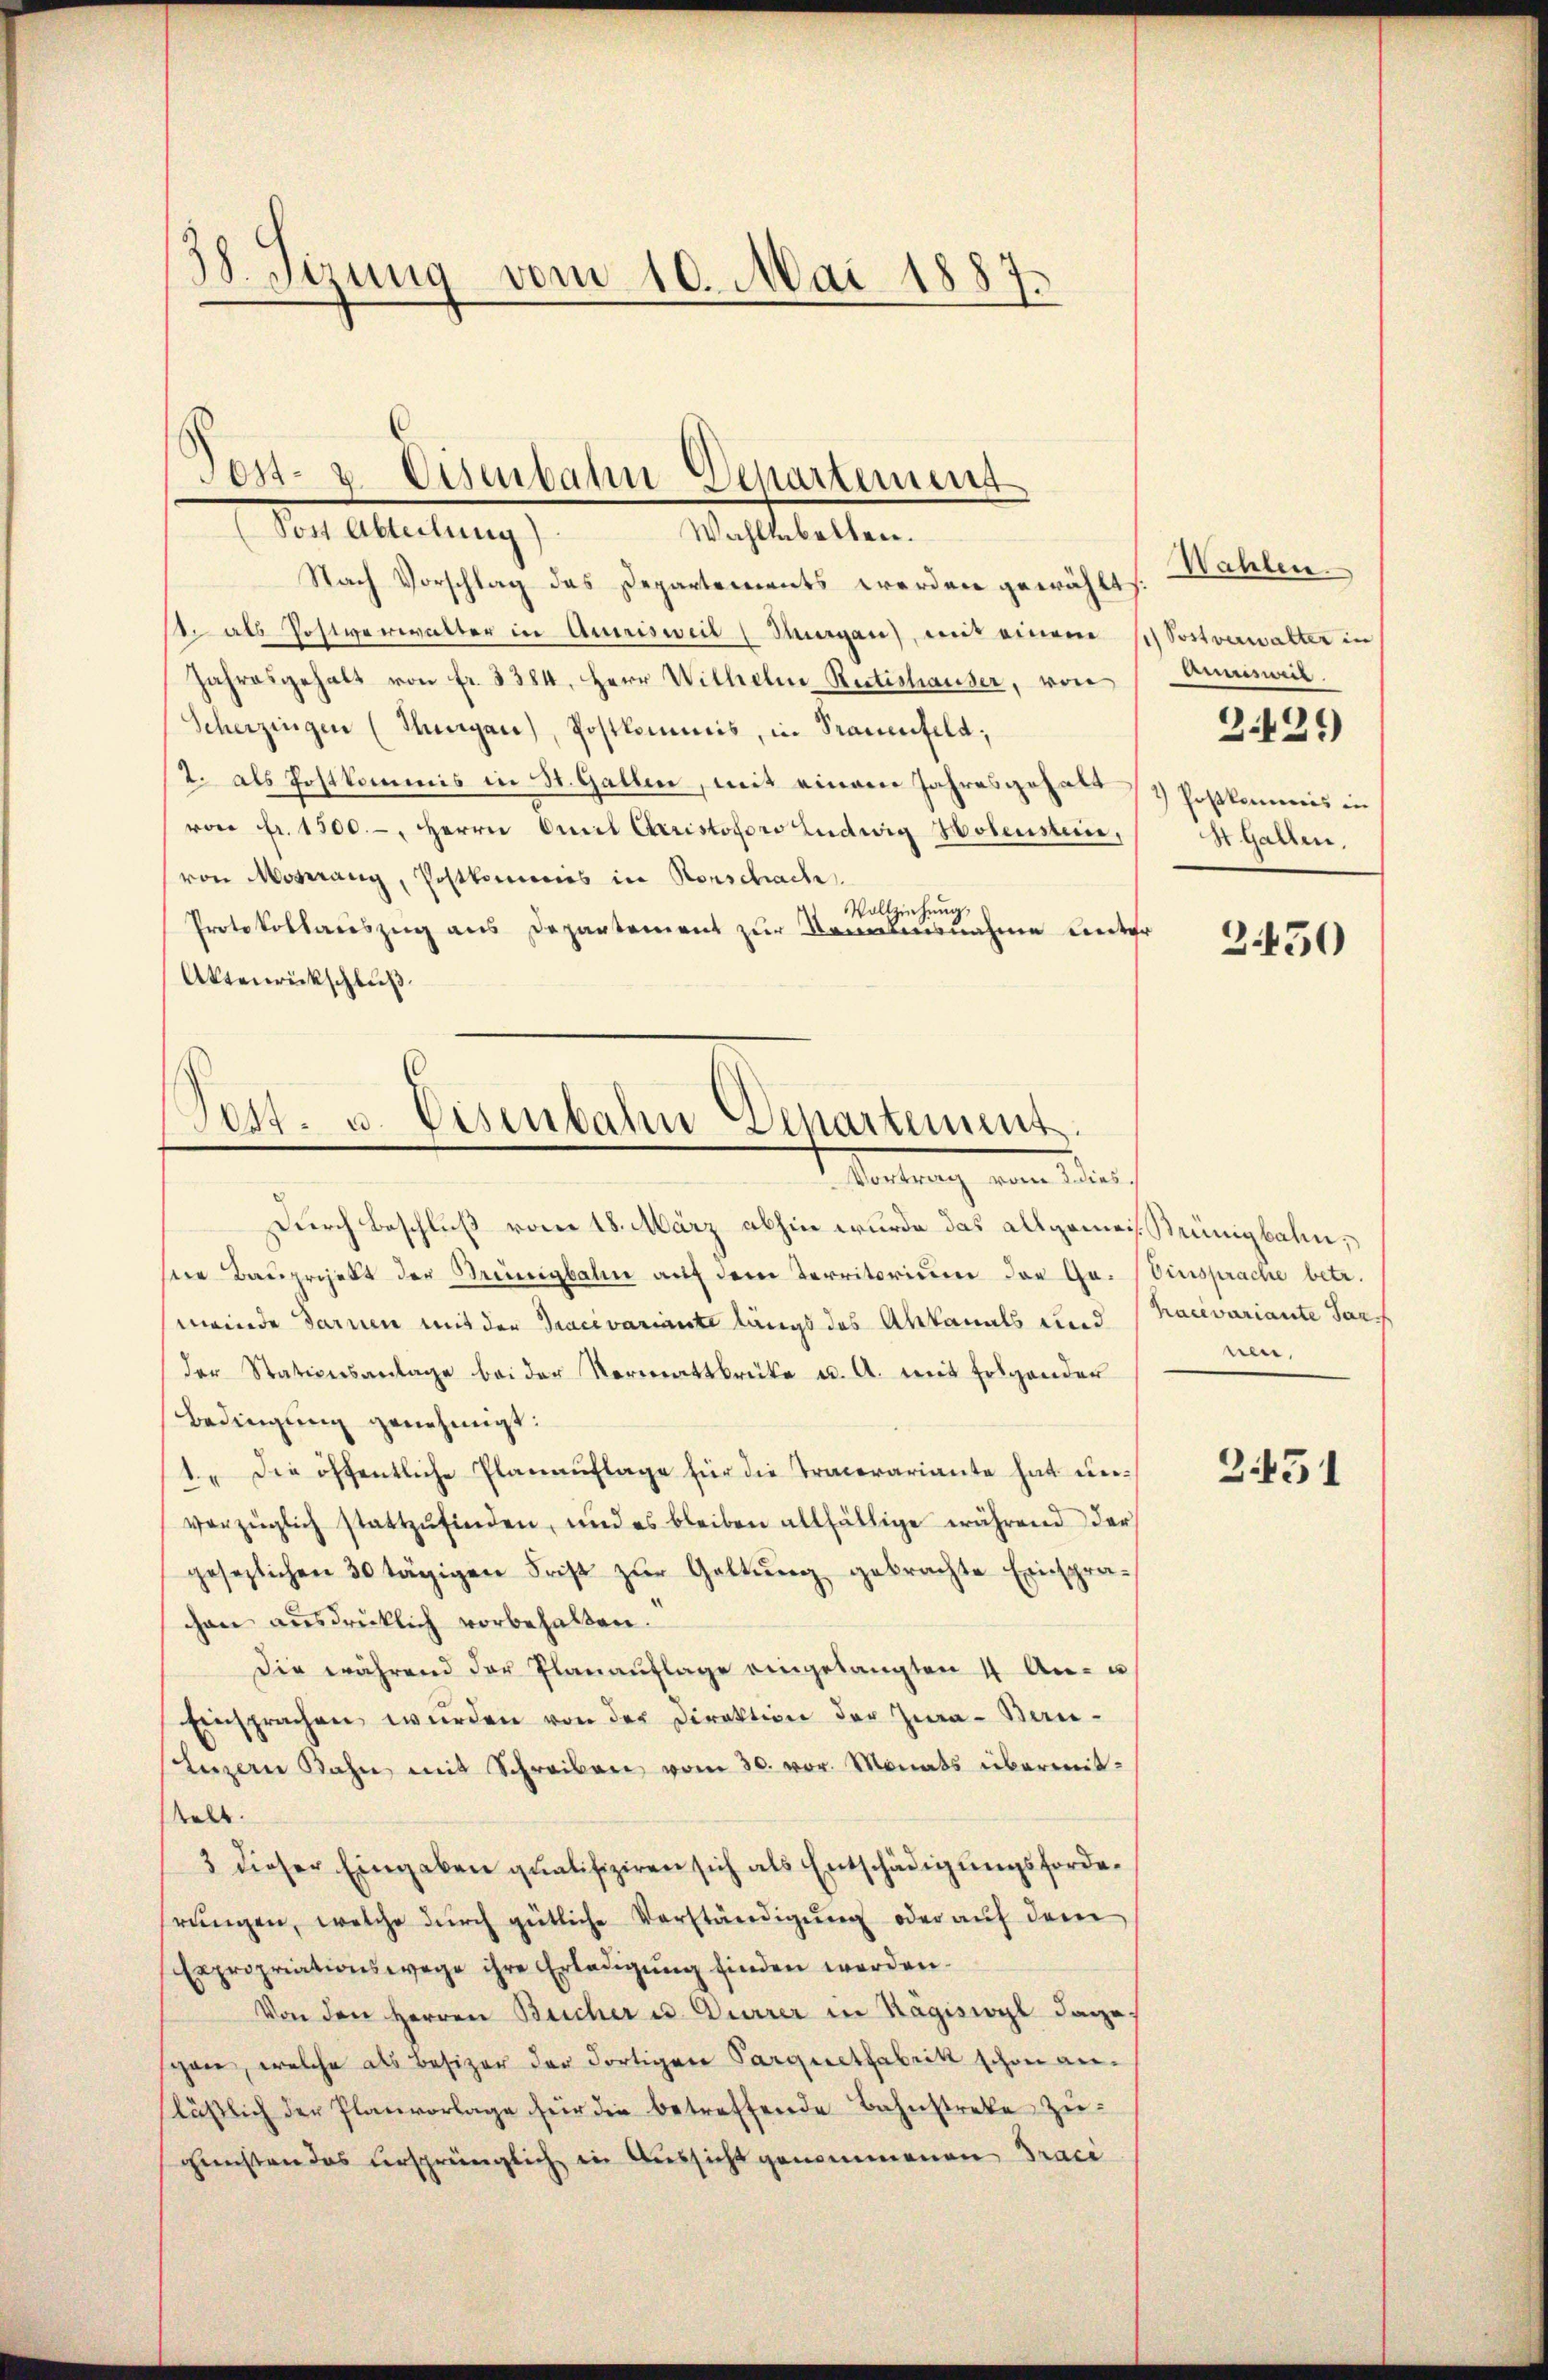
38. Sizung vom 10. Mai 1887.

Tost- u. Eisenbahn Departement
Vor Alleitung
Wahltabellen.

Nach Vorschlag das Departements werden gewählt.
st als Postverwalter in Auxisweil (Sargau), mit einem / Postverwalter in
Jahresgehalt von fr. 3384, Herr Wilhelm Rütishauser, von Aeminail.
Scherzingen (Thurgau), Postkommis, in Trauenfeld,
2. als Postkommis in St. Gallen, mit einem Jahresgehalt / Postkommis in
von fr. 1500.-, Herrn Orel Christopforo Ludwig Hobenstein,
von Mosnang, Postkommes in Konschach.
Vollziehung,
Protokollariszug aus Departement zur Sonntensnahme unter
Aktenrückschluß

Pest. u. Eisenbahn Departement.
Vortrauch von Mar

Durch Beschluß vom 18. März abhin wurde das allgemeistrünigbahn,
sere Baŭprojekt der Kreinigbahn auf dem Territorium der Gr. (Einsprache betr.
meinde Sarnen mit der Tracivariante längs des Abkanats und (Kacivariante Jar
der Stationsanlage bei der Vermattbrüke u. A. mit folgender
Bedingung genehmigt:
1. Die öffentliche Planauflage für die Tracerariante hat unverzüglich stattzŭfinden, und es bleiben allfällige während der
gesezlichen 30 tägigen Frist zŭr Geltŭng gebrachte Einspra-
chon ausdrücklich vorbehalten.
Die während der Planaŭflage eingelangten 4 An- u
Einsprachen wurden von der Direktion der Zwa- Bau¬
Luzern Bahn mit Schreiben vom 30. vor. Monats übermitselt.
3 dieser Eingaben qualifiziren sich als Entschädigungsfordesrŭngen, welche dŭrch gütliche Verständigŭng oder aŭf dem
Expropriationswege ihre Erledigŭng finden werden.
Von den Herren Bucher u. Dürrer in Kägiswyl dagegane, welche als Besizer der dortigen Parquetfabrik schon anlässlich der Planvorlage für die betreffende Bahnstrebe zugunsten das ursprünglich in Aussicht genommenen Traci

Wahlen.
3.429)
St. Gallen,

2450

nen,

351